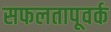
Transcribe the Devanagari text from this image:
सफलतापूवर्क